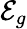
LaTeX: \mathcal{E}_{g}